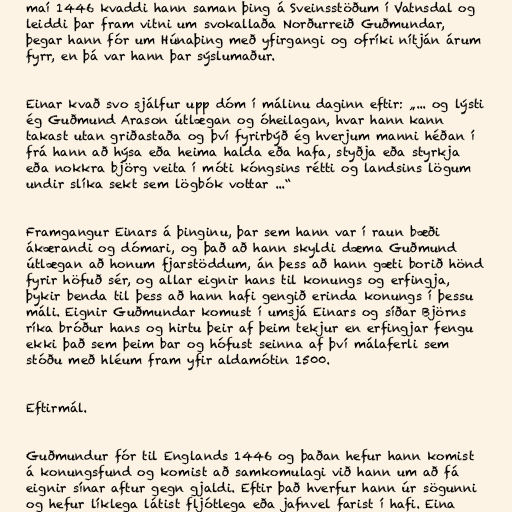
maí 1446 kvaddi hann saman þing á Sveinsstöðum í Vatnsdal og
leiddi þar fram vitni um svokallaða Norðurreið Guðmundar,
þegar hann fór um Húnaþing með yfirgangi og ofríki nítján árum
fyrr, en þá var hann þar sýslumaður.

Einar kvað svo sjálfur upp dóm í málinu daginn eftir: „... og lýsti
ég Guðmund Arason útlægan og óheilagan, hvar hann kann
takast utan griðastaða og því fyrirbýð ég hverjum manni héðan í
frá hann að hýsa eða heima halda eða hafa, styðja eða styrkja
eða nokkra björg veita í móti kóngsins rétti og landsins lögum
undir slíka sekt sem lögbók vottar ...“

Framgangur Einars á þinginu, þar sem hann var í raun bæði
ákærandi og dómari, og það að hann skyldi dæma Guðmund
útlægan að honum fjarstöddum, án þess að hann gæti borið hönd
fyrir höfuð sér, og allar eignir hans til konungs og erfingja,
þykir benda til þess að hann hafi gengið erinda konungs í þessu
máli. Eignir Guðmundar komust í umsjá Einars og síðar Björns
ríka bróður hans og hirtu þeir af þeim tekjur en erfingjar fengu
ekki það sem þeim bar og hófust seinna af því málaferli sem
stóðu með hléum fram yfir aldamótin 1500.

Eftirmál.

Guðmundur fór til Englands 1446 og þaðan hefur hann komist
á konungsfund og komist að samkomulagi við hann um að fá
eignir sínar aftur gegn gjaldi. Eftir það hverfur hann úr sögunni
og hefur líklega látist fljótlega eða jafnvel farist í hafi. Eina